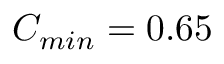
C _ { m i n } = 0 . 6 5